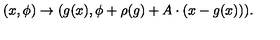
( x , \phi ) \to ( g ( x ) , \phi + \rho ( g ) + A \cdot ( x - g ( x ) ) ) .